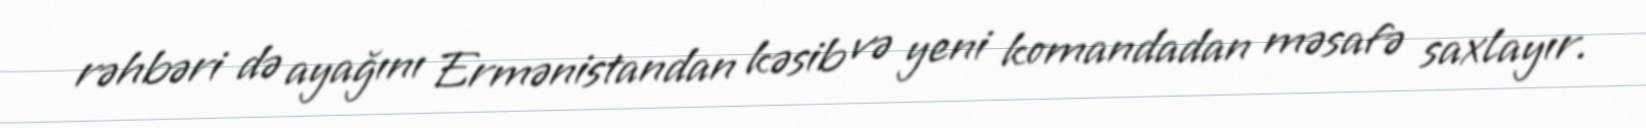
rəhbəri də ayağını Ermənistandan kəsib və yeni komandadan məsafə saxlayır.